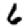
Digit: 6